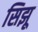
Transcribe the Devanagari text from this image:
सिझू